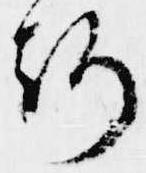
路